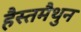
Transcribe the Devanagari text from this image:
हैस्तमैथुन